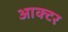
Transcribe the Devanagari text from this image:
आक्टर